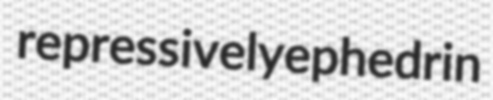
repressively ephedrin